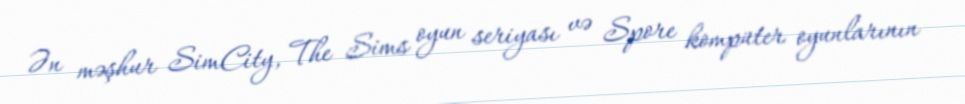
Ən məşhur SimCity, The Sims oyun seriyası və Spore kompüter oyunlarının